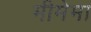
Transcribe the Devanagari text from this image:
मीमेमा